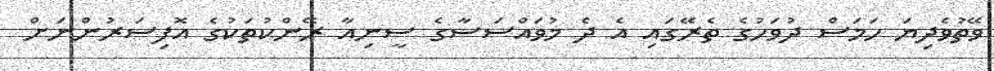
ވޭތުވެދިޔަ ހަމަސް ދުވަހުގެ ތެރޭގައި އެ ދެ މުވައްސަސާގެ ސީނިއާ ރޭންކުތަކުގެ އޮފިސަރުންނަށް